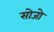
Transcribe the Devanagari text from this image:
सोजो